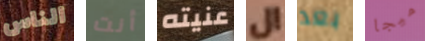
الناس أنت عنيته ال بعد ميجا